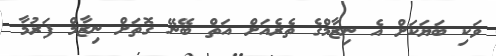
ވަކި ބަޔަކަށް އެ ނިޒާމްގެ ތެރެއަށް އަތް ބޭނޭ ގޮތަށް ނިޒާމް ފަރުމާ